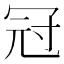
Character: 冠